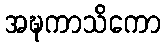
အဍ္ဎကာသိကော